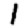
Digit: 1